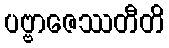
ပဗ္ဗာဇေဿတီတိ